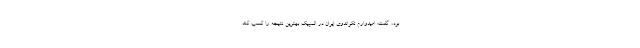
بود، گفت: امیدوارم تکواندوی ایران در المپیک بهترین نتیجه را کسب کند.